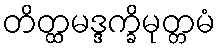
တိတ္ထမဒ္ဒက္ခိမုတ္တမံ